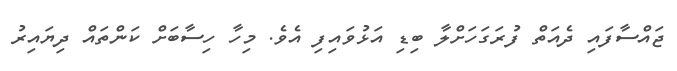
ޖައްސާފައި ދެއަތް ފުރަގަހަށްލާ ބިޑި އަޅުވައިފި އެވެ. މިހާ ހިސާބަށް ކަންތައް ދިޔައިރު